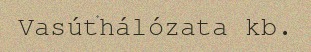
Vasúthálózata kb.